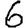
Digit: 6